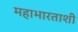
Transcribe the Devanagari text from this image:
महाभारताशी